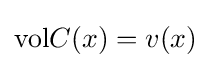
\mathrm {vol} C(x)=v(x)